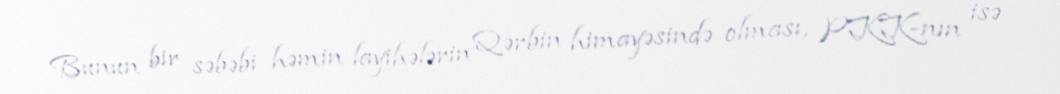
Bunun bir səbəbi həmin layihələrin Qərbin himayəsində olması, PKK-nın isə